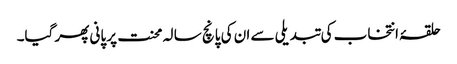
حلقۂ انتخاب کی تبدیلی سے ان کی پانچ سا لہ محنت پر پانی پھر گیا۔